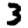
Digit: 3